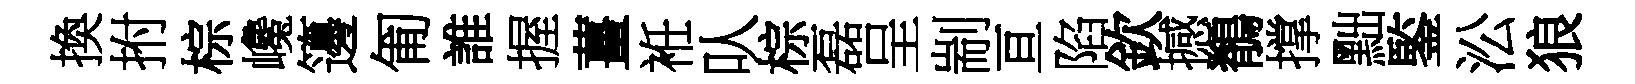
換拊棕巉籩匍誰握薑袵㕥棕磊呈剬亘陷欽撼鶺撑黜鍳㳂狼